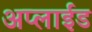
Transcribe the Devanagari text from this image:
अप्‍लाईड